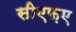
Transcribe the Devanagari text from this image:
सीएफ़ए